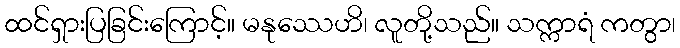
ထင်ရှားပြခြင်းကြောင့်။ မနုဿေဟိ၊ လူတို့သည်။ သက္ကာရံ ကတွာ၊